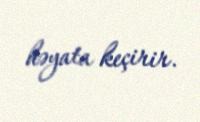
həyata keçirir.